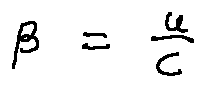
\beta = \frac { u } { c }